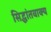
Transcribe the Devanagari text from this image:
सिद्धांतवाक्य